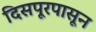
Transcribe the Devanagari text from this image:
दिसपूरपासून